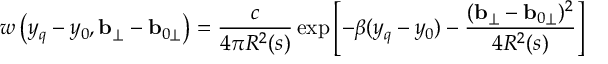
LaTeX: w \left( y _ { q } - y _ { 0 } , { \bf b } _ { \perp } - { \bf b } _ { 0 \perp } \right) = \frac c { 4 \pi R ^ { 2 } ( s ) } \exp \left[ - \beta ( y _ { q } - y _ { 0 } ) - \frac { ( { \bf b } _ { \perp } - { \bf b } _ { 0 \perp } ) ^ { 2 } } { 4 R ^ { 2 } ( s ) } \right]